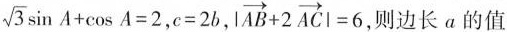
$$\sqrt{3}\sin A+ \cos A=2$$,$$c=2b$$，$$|\overrightarrow{AB}+2 \overrightarrow{AC}|=6$$ ，则边长α的值